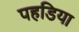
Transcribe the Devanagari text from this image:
पहडिया